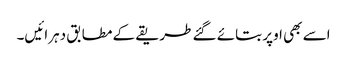
اسے بھی اوپر بتائے گئے طریقے کے مطابق دہرائیں۔